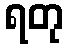
ရတု